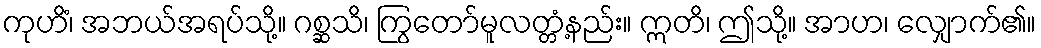
ကုဟိံ၊ အဘယ်အရပ်သို့။ ဂစ္ဆသိ၊ ကြွတော်မူလတ္တံ့နည်း။ ဣတိ၊ ဤသို့။ အာဟ၊ လျှောက်၏။